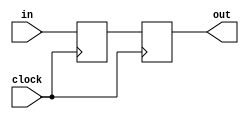

//PC

module PC(clock, in, out);
input clock;
input [7:0]in;

reg [7:0]instr;

output reg [7:0]out;

always @(posedge clock) begin
	out = instr;
	instr = in;
end
initial begin
    out = 1;
end
endmodule